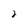
Character: 2